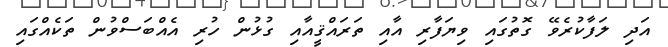
އަދި ލަފާކުރެވޭ ގޮތުގައި ވިޔަފާރި އާއި ތަރައްޤީއާއި ގުޅުން ހުރި އެއްބަސްވުން ތަކެއްގައި